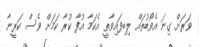
ވަރަށް ގިނަ އެވޯޑުތައް ލިބިފައިވާތީ އެކަމާ އުފާ ކުރާ ކަމަށް ވެސް ކަރީނާ